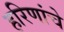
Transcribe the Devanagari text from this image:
हरिणांचे